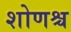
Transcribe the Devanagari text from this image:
शोणश्च